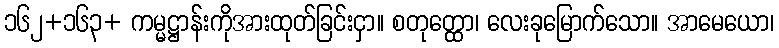
၁၆၂+၁၆၃+ ကမ္မဋ္ဌာန်းကိုအားထုတ်ခြင်းငှာ။ စတုတ္ထော၊ လေးခုမြောက်သော။ အာမေယော၊